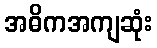
အဓိကအကျဆုံး